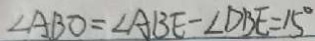
\angle A B O = \angle A B E - \angle D B E = 1 5 ^ { \circ }